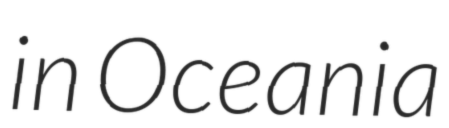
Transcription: in Oceania